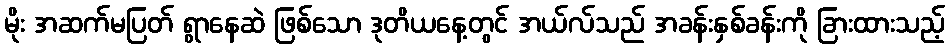
မိုး အဆက်မပြတ် ရွာနေဆဲ ဖြစ်သော ဒုတိယနေ့တွင် အယ်လ်သည် အခန်းနှစ်ခန်းကို ခြားထားသည့်